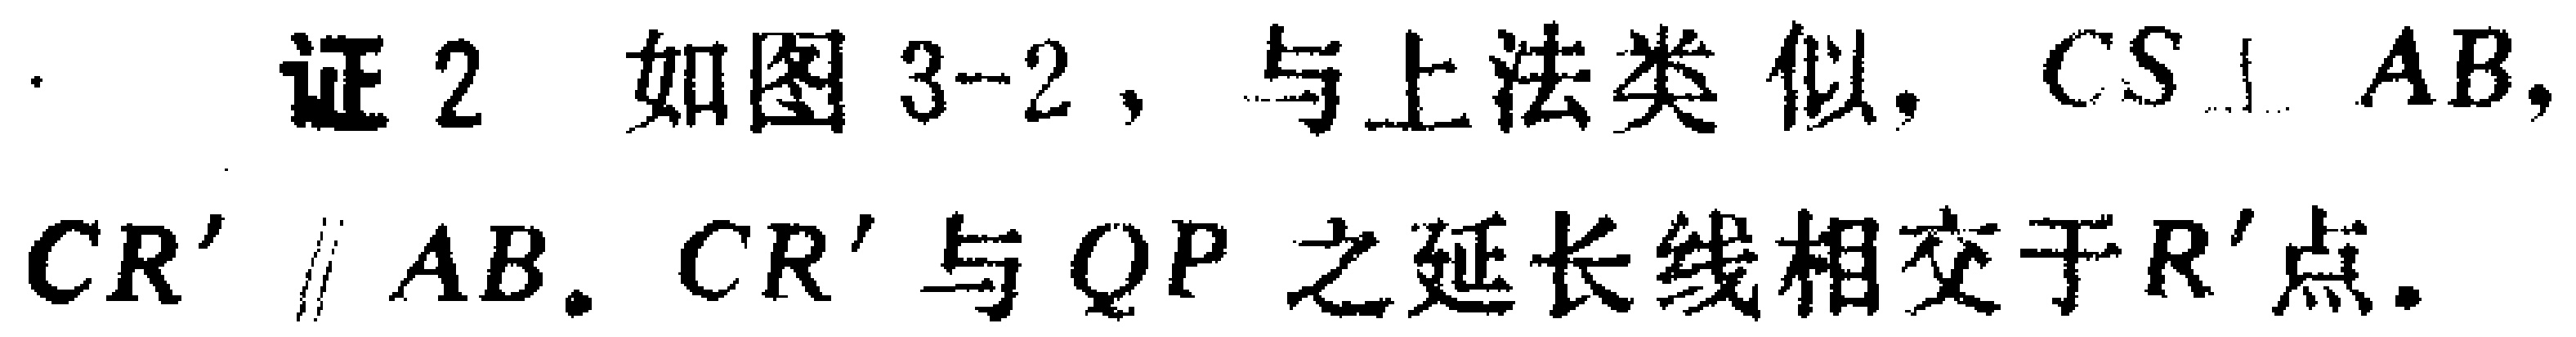
证2 如图3-2，与上法类似，$CS\perp AB$，$CR'\parallel AB$. $CR'$与$QP$之延长线相交于$R'$点.